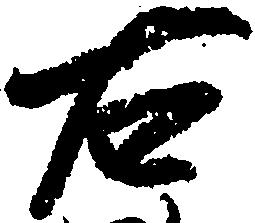
右